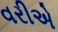
વરીએ